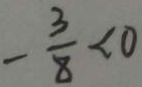
- \frac { 3 } { 8 } < 0